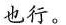
也行。